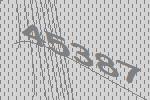
45387